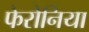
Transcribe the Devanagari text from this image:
फेरोनिया